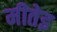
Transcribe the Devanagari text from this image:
मीतेइ